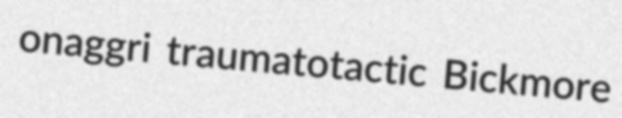
onaggri traumatotactic Bickmore